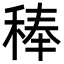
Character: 𮃉